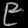
Digit: ၉